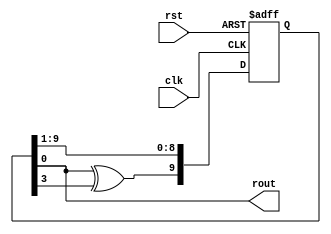
`timescale 1ns / 1ps

module LFSR(
    output rout,
    input clk,
    input rst
    );

	reg [9:0] lfsr;
	assign rout = lfsr[0];
	
	always @(posedge clk or posedge rst)
		if (rst) lfsr[9:0] <= 10'b1000000000;
		else begin
			lfsr[8:0] <= lfsr[9:1];
			lfsr[9] <= lfsr[0]^lfsr[3];	// x^10 + x^3 + 1
		end

endmodule